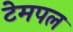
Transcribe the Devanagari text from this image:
टेमपल